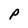
Character: P